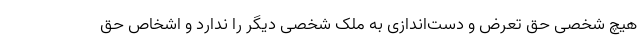
هیچ شخصی حق تعرض و دست‌اندازی به ملک شخصی دیگر را ندارد و اشخاص حق